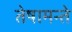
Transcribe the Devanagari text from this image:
तेषामन्ते